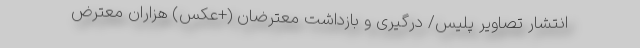
انتشار تصاویر پلیس/ درگیری و بازداشت معترضان (+عکس) هزاران معترض